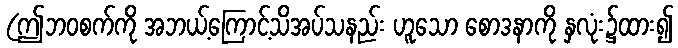
(ဤဘဝစက်ကို အဘယ့်ကြောင့်သိအပ်သနည်း ဟူသော စောဒနာကို နှလုံး၌ထား၍